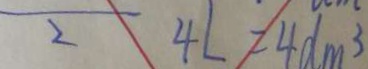
\overline { 2 } 4 L = 4 d m ^ { 3 }